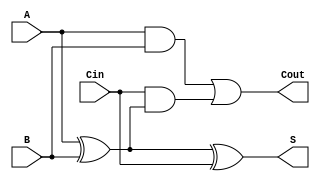
module RippleCarryFullAdder (
    input wire A,       // First binary input
    input wire B,       // Second binary input
    input wire Cin,     // Carry-in input
    output wire S,      // Sum output
    output wire Cout     // Carry-out output
);

    // Intermediate signals
    wire AB_xor;        // Intermediate sum A  B

    // Calculate intermediate sum (A  B)
    assign AB_xor = A ^ B;

    // Calculate final sum (S = A  B  Cin)
    assign S = AB_xor ^ Cin;

    // Calculate carry-out (Cout)
    assign Cout = (A & B) | (Cin & AB_xor);

endmodule